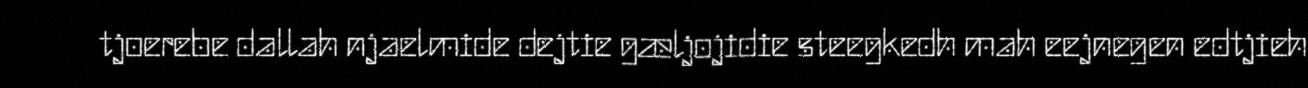
tjoerebe dallah njaelmide dejtie gæljojidie steegkedh mah eejnegen edtjieh